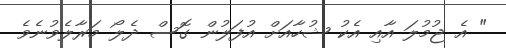
" އެ ޖުމުލަ އާއި އެކު ޝުހާއަށް އުފަލުން ގޮސް ދެލޯ މަރާލެވުނެވެ